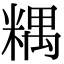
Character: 𥻑